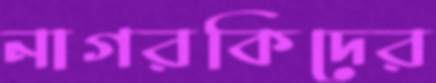
নাগরকিদের